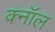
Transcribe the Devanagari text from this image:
क्नॉल